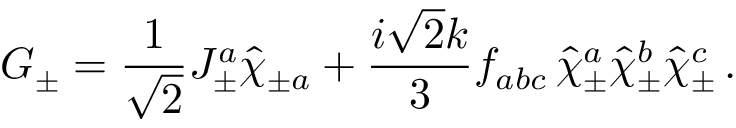
G _ { \pm } = \frac { 1 } { \sqrt 2 } J _ { \pm } ^ { a } \hat { \chi } _ { \pm a } + \frac { i \sqrt 2 k } { 3 } f _ { a b c } \, \hat { \chi } _ { \pm } ^ { a } \hat { \chi } _ { \pm } ^ { b } \hat { \chi } _ { \pm } ^ { c } \, .